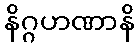
နိဂ္ဂဟဏာနိ